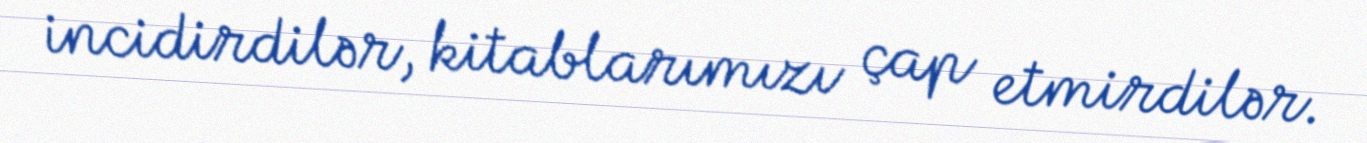
incidirdilər, kitablarımızı çap etmirdilər.